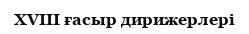
XVIII ғасыр дирижерлері